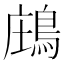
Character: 𪁈